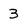
Character: 3